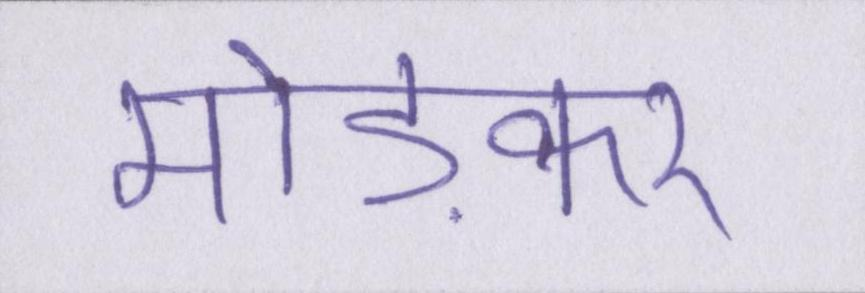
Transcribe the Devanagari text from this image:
मोड़कर